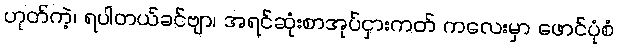
ဟုတ်ကဲ့၊ ရပါတယ်ခင်ဗျာ၊ အရင်ဆုံးစာအုပ်ငှားကတ် ကလေးမှာ ဖောင်ပုံစံ